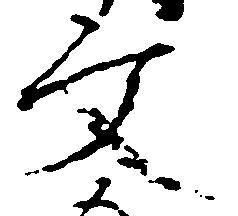
文